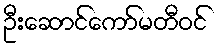
ဦးဆောင်ကော်မတီဝင်